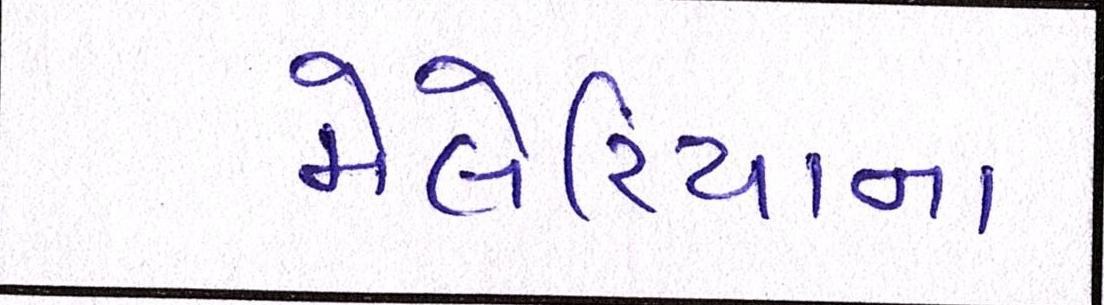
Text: મેલેરિયાના